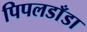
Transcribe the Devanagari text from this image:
पिपलडाँडा